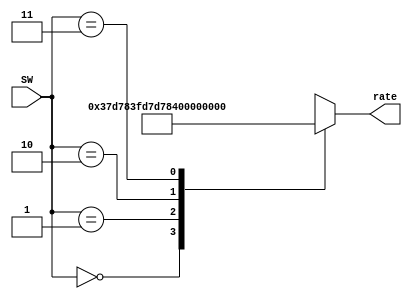
module mux4to1(SW, rate);
	input [1:0] SW;
	wire [26:0] out1, out2, out3, out4;
	output reg [26:0]rate;
	assign out1 = 27'b000000000000000000000000001;
	assign out2 = 27'b101111101011110000011111111;
	assign out3 = 27'b010111110101111000001111111;
	assign out4 = 27'b001011111010111100000111111;
	
	always@(*)
		begin
			case({SW[1], SW[0]}) 
				2'b00: rate = out1;
				2'b01: rate = out2;
				2'b10: rate = out3;
				2'b11: rate = out4;
				default: rate = out1;
			endcase          
		end
endmodule